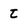
Character: t